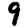
Digit: 9